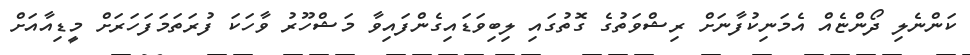
ކަންނެލި ދޯންޏެއް އެމަނިކުފާނަށް ރިޝްވަތުގެ ގޮތުގައި ލިބިވަޑައިގެންފައިވާ މަޝްހޫރު ވާހަކަ ފުރަތަމަފަހަރަށް މީޑިއާއަށް